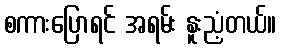
စကားပြောရင် အရမ်း နူးညံ့တယ်။